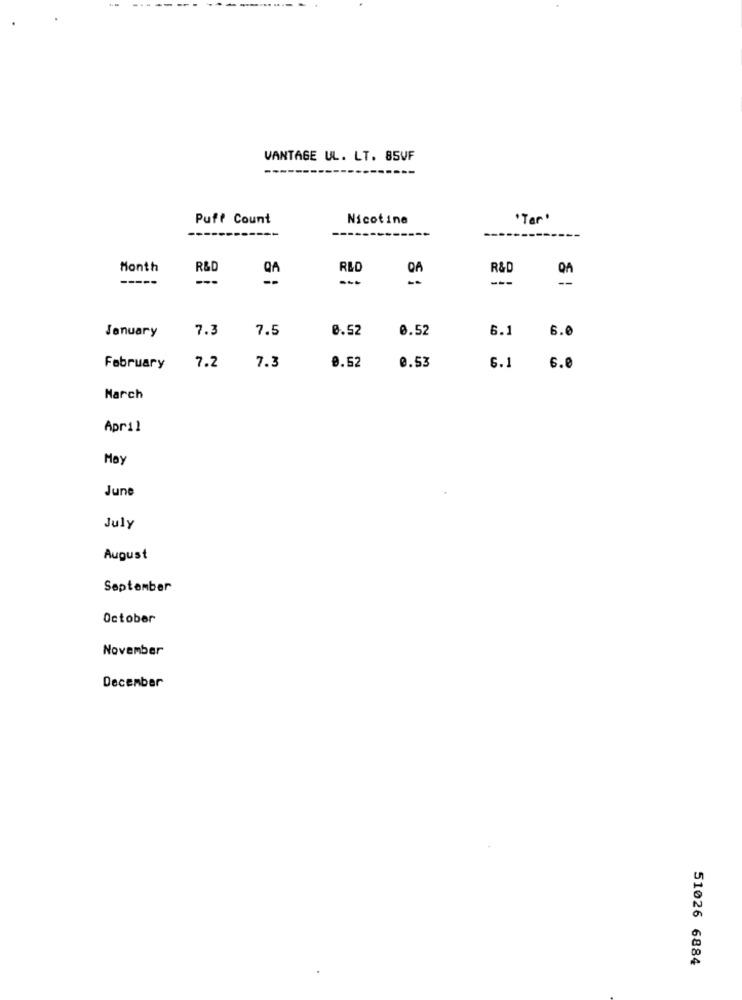
VANTAGE UL. LT. 85VF
Puff Count
Nicotine
"Tar"
Month
R&D
R&D
R&D
-----
---
QA
-.
DA
---
7.3
7.5
0.52
0.52
6.1
6.0
January
7.2
0.62
0.53
February
7.3
6.1
6.0
March
April
May
June
July
August
September
October
November
December
51026 6884